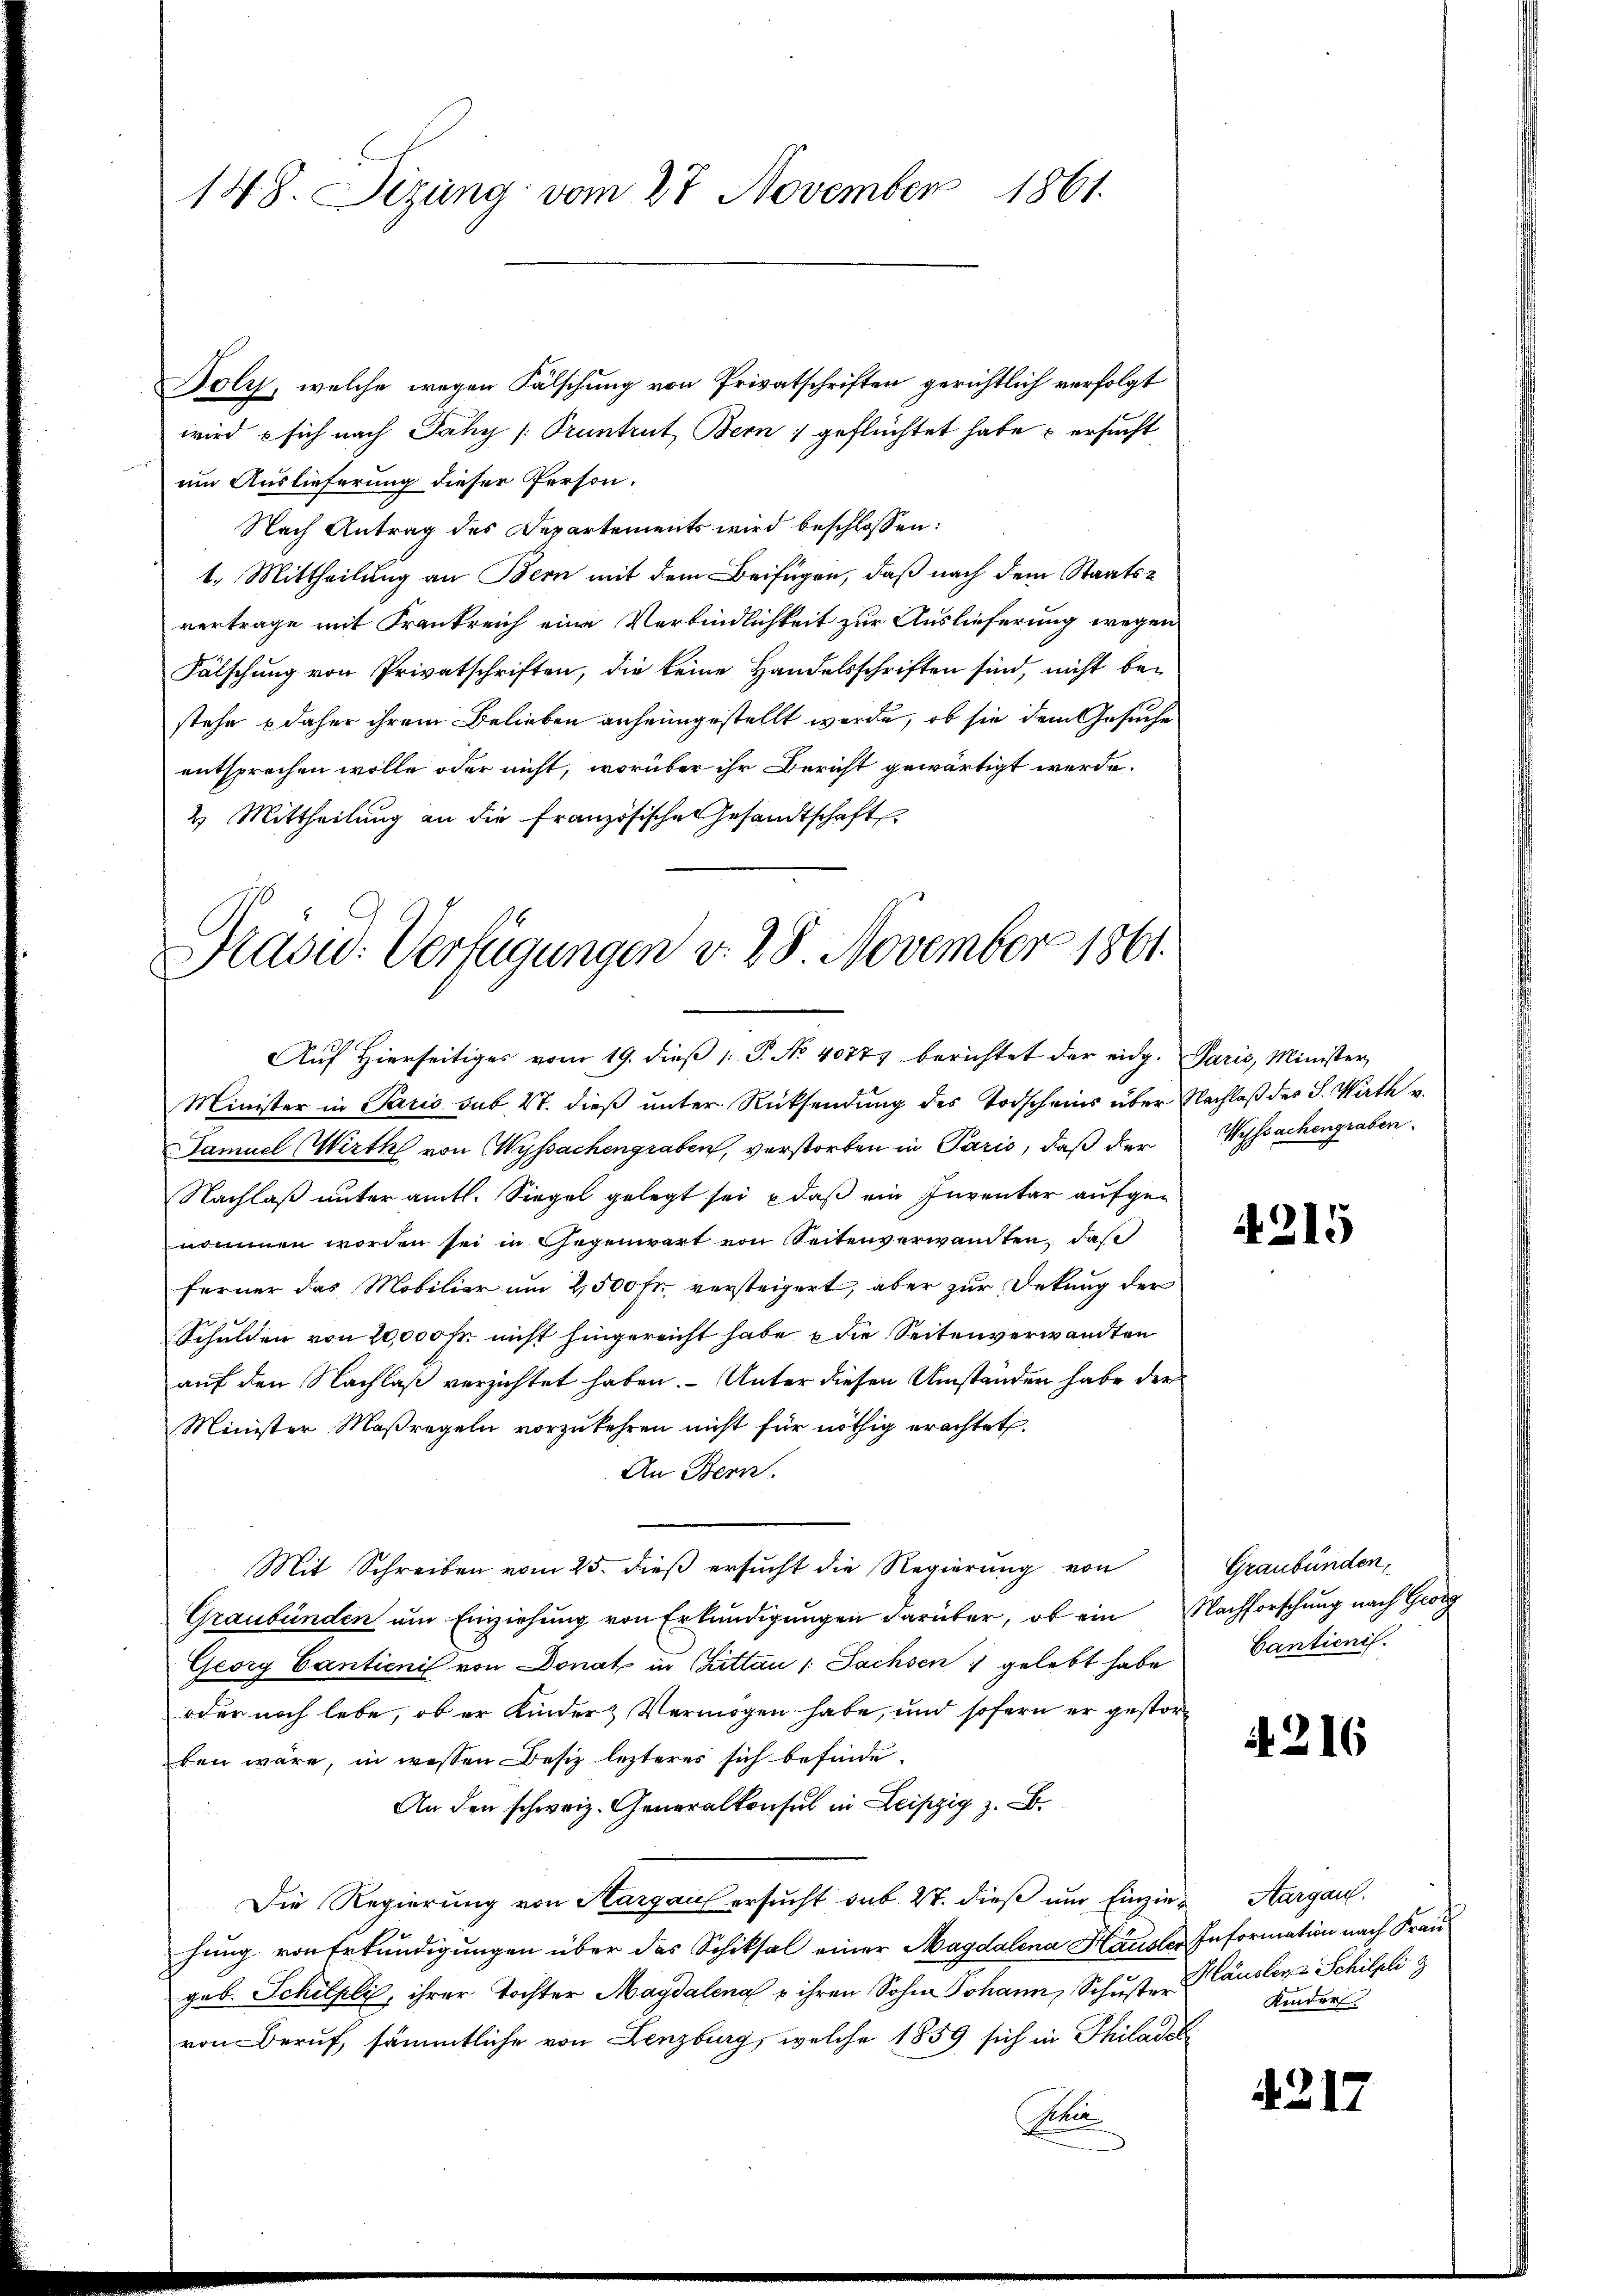
148. Sizung vom 27 November 1861.

Boly, welche wegen Fälschung von Privatschriften gerichtlich verfolgt
wird e sich nach Jähy /Pruntrut Bern geflüchtet habe u ersucht
um Auslieferung dieser Person.
Nach Antrag des Departements wird beschlossen:
1. Mittheilung an Bern mit dem Beifügen, daß nach dem Staatsvertrage mit Frankreich eine Verbindlichkeit zur Auslieferung wegen
Fälschung von Privatschriften, die keine Handelsschriften sind, nicht bestehe daher ihrem Belieben anheimgestellt werde, ob sie dem Gesuche
entsprechen wolle oder nicht, worüber ihr Bericht gewärtigt werde.
2. Mittheilung an die französischen Gesandtschaft

Prasw: Verfügungen v. 28 November 1861.
Aŭf Hierseitiges vom 19. dieβ 1. P. No. 4077 berichtet der eidg. Paris, Minister,

Minister in Paris sub. 4. dieß unter Rücksendung des Todscheins über Nachlaß des S. Wirth v.
Samuel Wirth von Wyssachengraben, verstorben in Parić, daß der
Nachlaß unter amtl. Siegel gelegt sei, daß ein Inventar aufgenommen worden sei in Gegenwart von Seitenverwandten, daß
ferner das Mobilier um 2,500 Fr. versteigert, aber zur Dekung der
Schulden von 20,000 Fr. nicht hingereicht habe & die Seitenverwandten
auf den Nachlaß verzichtet haben. - Unter diesen Umständen habe der
Minister Maßregeln vorzukehren nicht für nöthig erachtet.
An Bern.
Mit Schreiben vom 25. dieß ersucht die Regierung von
Graubünden um Einziehung von Erkundigungen darüber, ob ein Nachforschung nach Georg
Georg Cantienis von Donat in Guttau (: Sachsen gelebt habe
oder noch lebe, ob er Kinders Vermögen habe, und sofern er gestorben wäre, in wessen Besiz lezteres sich befinde.
An den schweiz. Generalkonsul in Leipzig z. B.
Die Regierung von Aargaus ersucht sub 27. dieß um Einzins Aargau.
hung von Erkundigungen über das Schiksal einer Magdalena Häusler Information nach Frau
geb. Schilpli, ihrer Tochter Magdalena u ihren Sohn Johann, Schŭster Causler 2 Schilpli z
von Beruf, sämmtliche von Lenzburg, welche 1859 sich in Philadel¬
Aeu

Wyssachengraben.

4215

Graubünden,
Cantienis.

A. 216

Kinder

4217